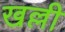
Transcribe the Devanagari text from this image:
खल्ली